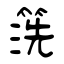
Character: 箲